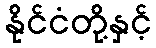
နိုင်ငံတို့နှင့်